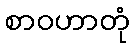
စာဝဟာတုံ